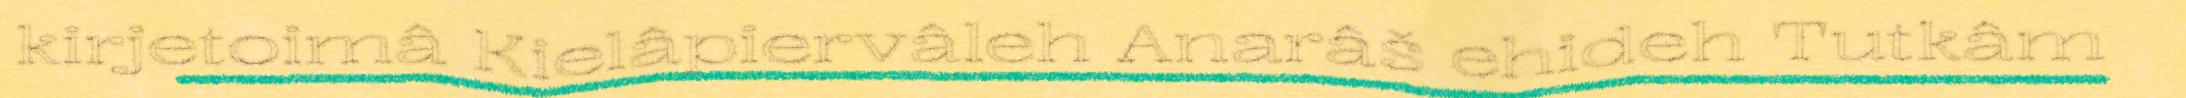
kirjetoimâ Kielâpiervâleh Anarâš ehideh Tutkâm